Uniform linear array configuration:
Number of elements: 12
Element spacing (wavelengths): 0.75
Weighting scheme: cosine
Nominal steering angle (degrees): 0
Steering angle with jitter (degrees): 1.177
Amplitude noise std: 0.05
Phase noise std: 0.05

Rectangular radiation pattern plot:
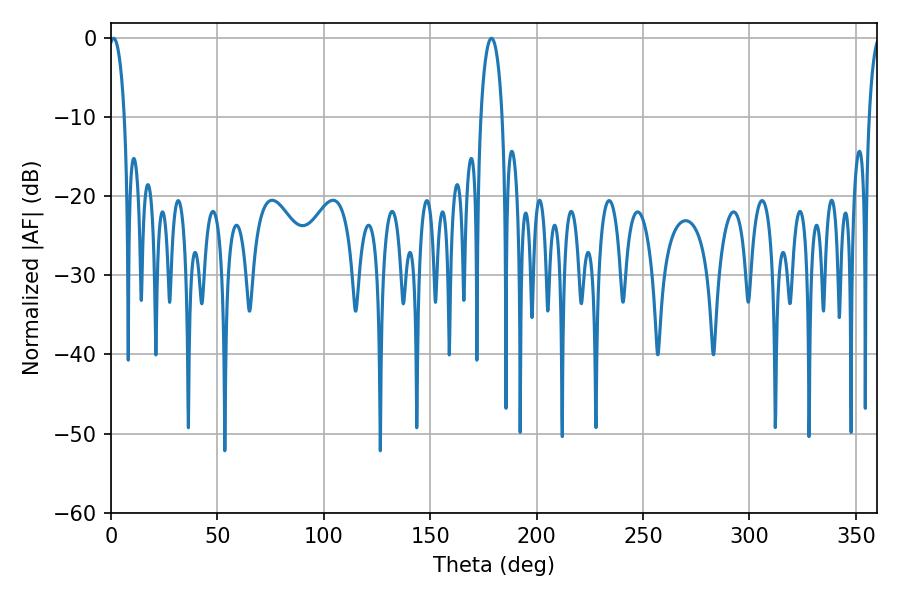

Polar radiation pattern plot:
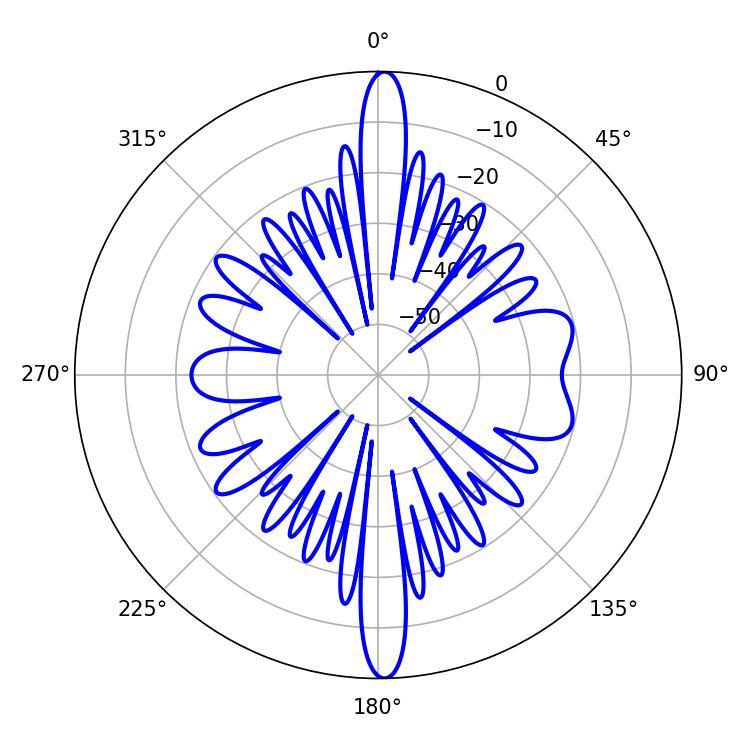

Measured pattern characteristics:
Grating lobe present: TRUE
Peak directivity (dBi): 24.818
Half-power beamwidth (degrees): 4.14
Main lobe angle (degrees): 1.26